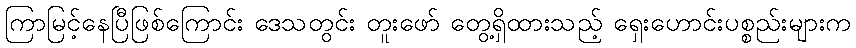
ကြာမြင့်နေပြီဖြစ်ကြောင်း ဒေသတွင်း တူးဖော် တွေ့ရှိထားသည့် ရှေးဟောင်းပစ္စည်းများက